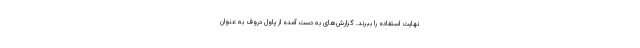
نهایت استفاده را ببرند. گزارش‌های به دست آمده از پاول دروف به عنوان